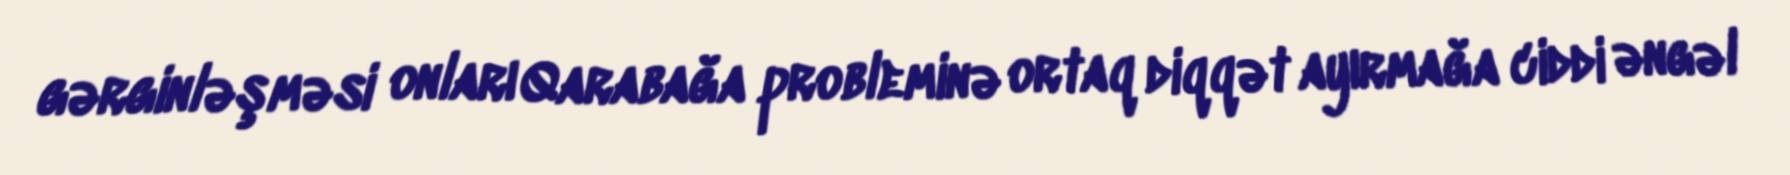
gərginləşməsi onları Qarabağa probleminə ortaq diqqət ayırmağa ciddi əngəl